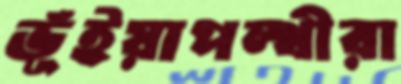
ভূঁইয়াপন্থীরা